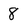
Character: 8